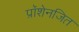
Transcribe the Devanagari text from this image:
प्रॉशेनजित